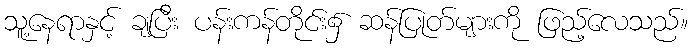
သူ့နေရာနှင့် ချပြီး ပန်းကန်တိုင်း၌ ဆန်ပြုတ်များကို ဖြည့်လေသည်။